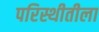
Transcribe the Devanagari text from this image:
परिस्थीतीला